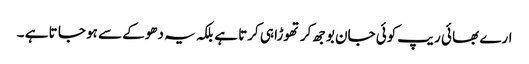
ارے بھا ئی ریپ کوئی جان بوجھ کر تھوڑا ہی کرتا ہے بلکہ یہ دھوکے سے ہو جا تا ہے ۔